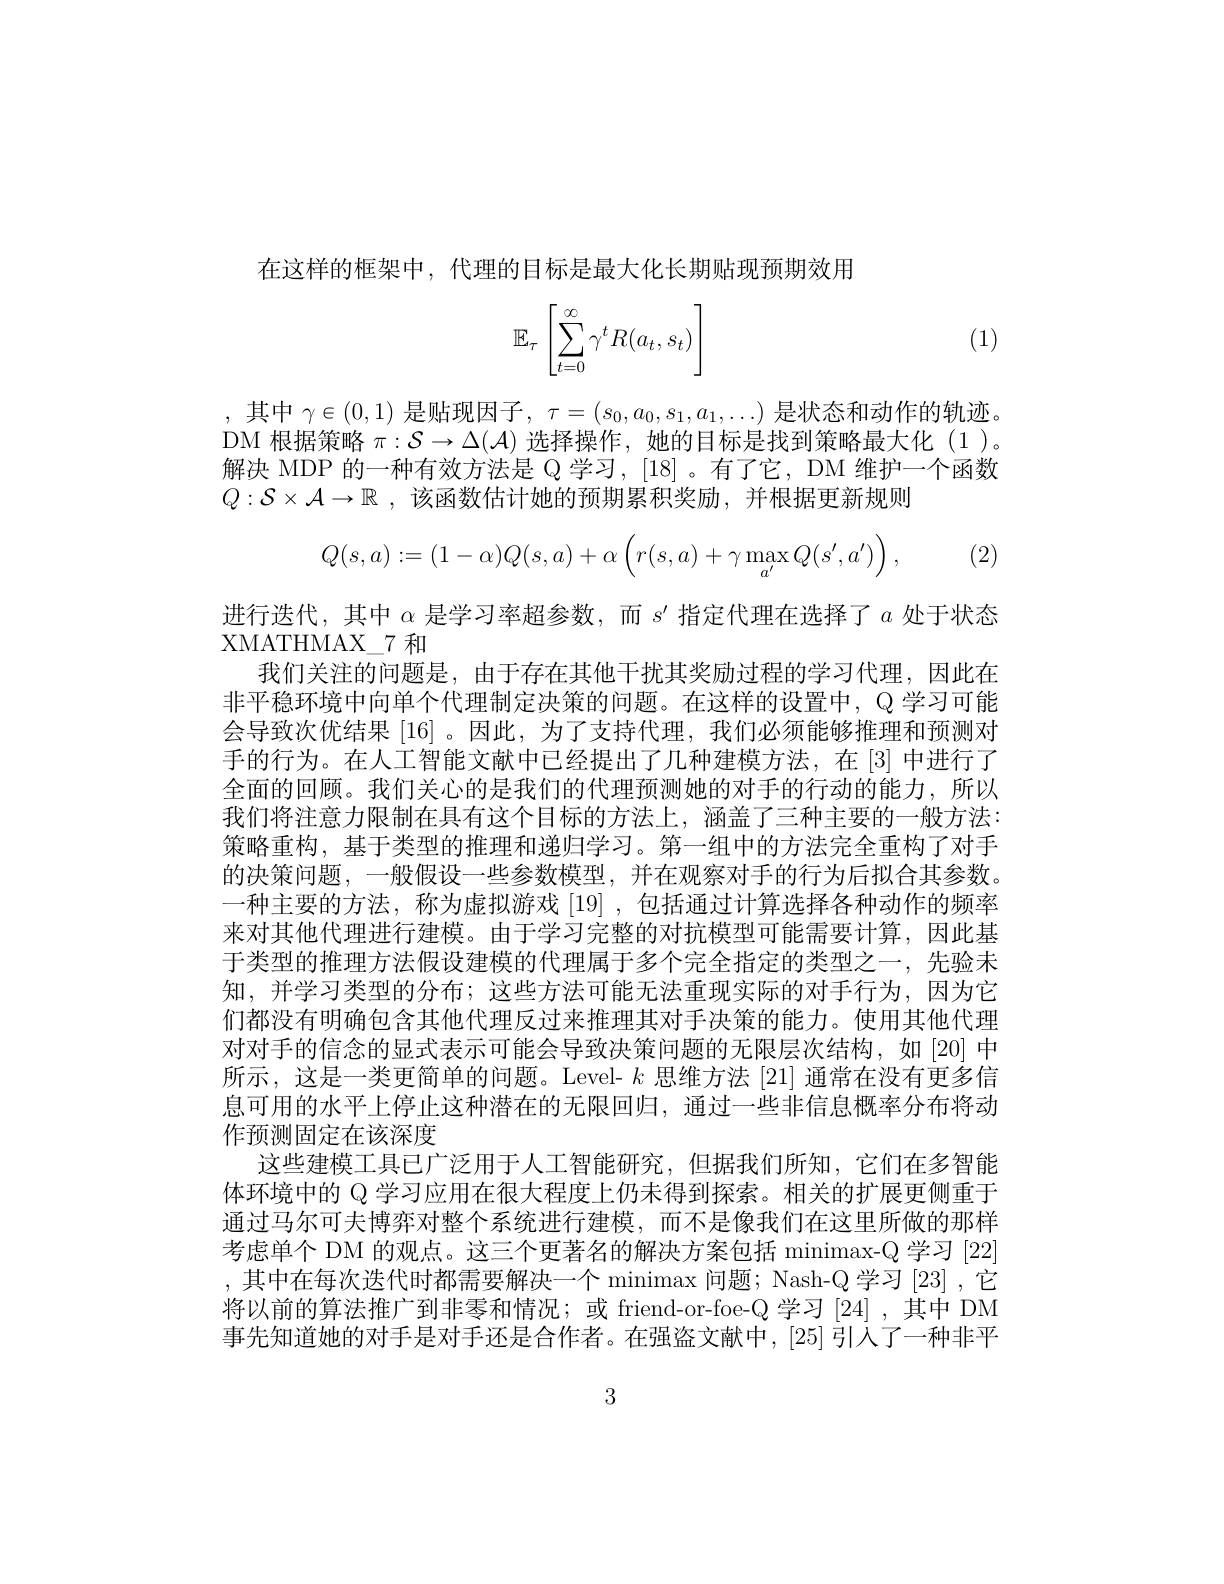
在这样的框架中，代理的目标是最大化长期贴现预期效用
$$\mathbb{E}_\tau\left[\sum_{t=0}^\infty\gamma^tR(a_t,s_t)\right]$$
(1)

,其中$\gamma\in(0,1)$是贴现因子$,\tau=(s_0,a_0,s_1,a_1,\ldots)$是状态和动作的轨迹。DM 根据策略$\pi:\mathcal{S}\to\Delta(\mathcal{A})$选择操作，她的目标是找到策略最大化 (1)。解决 MDP 的一种有效方法是 Q 学习，[18]。有了它，DM 维护一个函数$Q:\mathcal{S}\times\mathcal{A}\to\mathbb{R}$ ,该函数估计她的预期累积奖励 ,并根据更新规则
$$Q(s,a):=(1-\alpha)Q(s,a)+\alpha\left(r(s,a)+\gamma\max_{a'}Q(s',a')\right),$$
(2.

进行迭代，其中$\alpha$是学习率超参数，而$s^\prime$指定代理在选择了$a$处于状态
XMATHMAX$\_$7 和
我们关注的问题是，由于存在其他干扰其奖励过程的学习代理，因此在非平稳环境中向单个代理制定决策的问题。在这样的设置中，Q 学习可能会导致次优结果[16] 。因此，为了支持代理，我们必须能够推理和预测对手的行为。在人工智能文献中已经提出了几种建模方法，在 |3| 中进行了全面的回顾。我们关心的是我们的代理预测她的对手的行动的能力，所以我们将注意力限制在具有这个目标的方法上，涵盖了三种主要的一般方法： 策略重构，基寸类型的推理和递归学习。第一组中的方法完全重构了对于的决策问题，一般假设一些参数模型，并在观察对手的行为后拟合其参数。一种主要的方法，称为虚拟游戏[19] ,包括通过计算选择各种动作的频率来对其他代理进行建模。由于学习完整的对抗模型可能需要计算，因此基于类型的推理方法假设建模的代理属于多个完全指定的类型之一，先验未知，并学习类型的分布；这些方法可能无法重现实际的对手行为，因为它们都没有明确包含其他代理反过来推理其对手决策的能力。使用其他代理对对手的信念的显式表示可能会导致决策问题的无限层次结构，如[20]中所示，这是一类更简单的问题。Level- $k$思维方法 [21] 通常在没有更多信息可用的水半上停止这种潜在的无限回归，通过一些非信息概率分布将动作预测固定在该深度
这些建模工具已广泛用于人工智能研究，但据我们所知，它们在多智能体环境中的 Q 学习应用在很大程度上仍未得到探索。相关的扩展更侧重于通过马尔可夫博弈对整个系统进行建模，而不是像我们在这里所做的那样考虑单个 DM 的观点。这三个更著名的解决方案包括 minimax-Q 学习|22| ,其中在每次迭代时都需要解决一个 minimax 问题；Nash-Q 学习 [23] ,它将以前的算法推广到非零和情况；或 friend-or-foe-Q 学习|24|,其中 DM 事先知道她的对手是对手还是合作者。在强盗文献中，[25]引人了一种非半

3